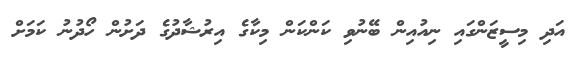
އަދި މިސީޒަންގައި ނިއުއިން ބޭނުވި ކަންކަން މިކާގެ އިރުޝާދުގެ ދަށުން ހޯދުނު ކަަމަށް